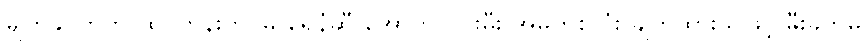
မျက်နှာကြက် ထုပ်တန်းတွင်မူ ရေနံဆီ အောက်လင်းမီး အိမ်တစ်လုံး ချိတ်ထားသဖြင့် မီးခွက်မှ